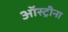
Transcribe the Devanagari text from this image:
ऑस्ट्रीना